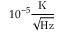
1 0 ^ { - 5 } \frac { \mathrm { K } } { \sqrt { \mathrm { H z } } }